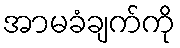
အာမခံချက်ကို